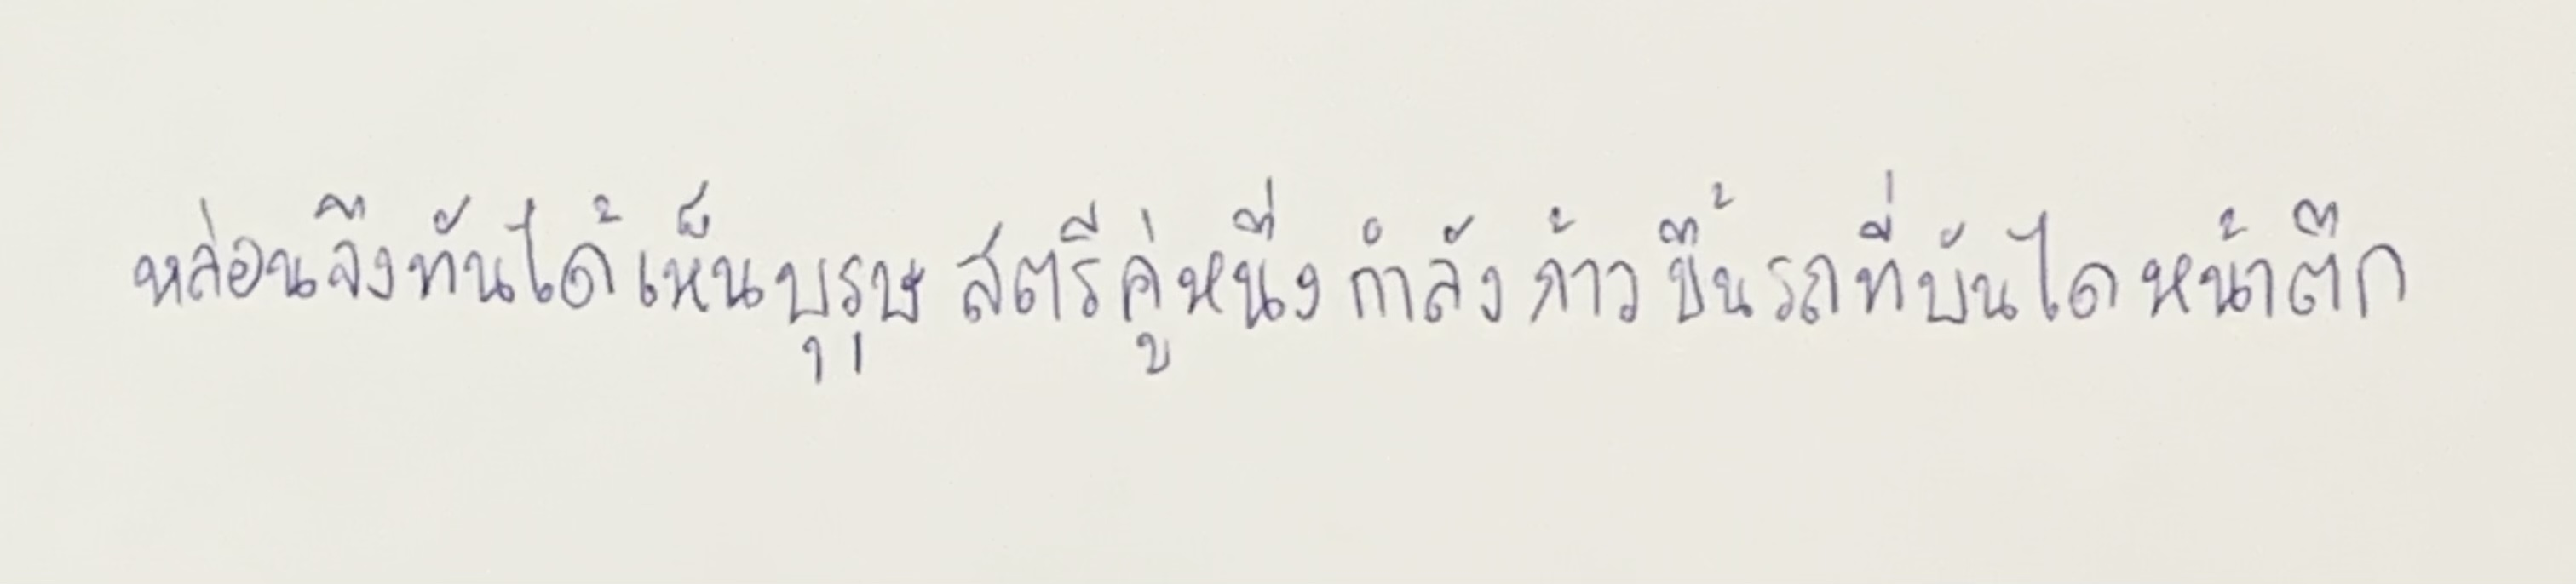
หล่อนจึงทันได้เห็นบุรุษสตรีคู่หนึ่งกำลังก้าวขึ้นรถที่บันไดหน้าตึก